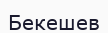
Бекешев